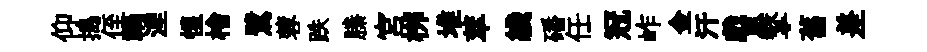
仰搗侄禍湼惺檜鷺蓉跌縢宮桞堆萃綫磻任冠岞金汗戲恩擎舊差